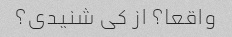
واقعا؟ از کی شنیدی؟